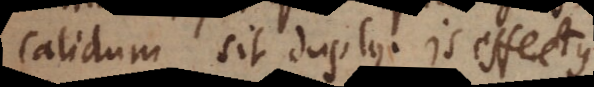
calidum sit duplus. Is effectus